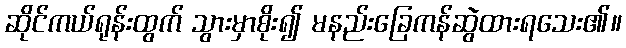
ဆိုင်ကယ်ရုန်းထွက် သွားမှာစိုး၍ မနည်းခြေကန်ဆွဲထားရသေး၏။